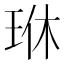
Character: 𪻜